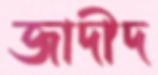
জাদীদ